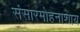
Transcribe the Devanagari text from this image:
संसारमोहनाशाय